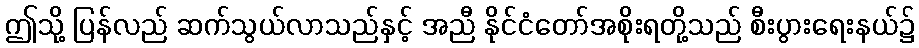
ဤသို့ ပြန်လည် ဆက်သွယ်လာသည်နှင့် အညီ နိုင်ငံတော်အစိုးရတို့သည် စီးပွားရေးနယ်၌